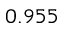
0 . 9 5 5